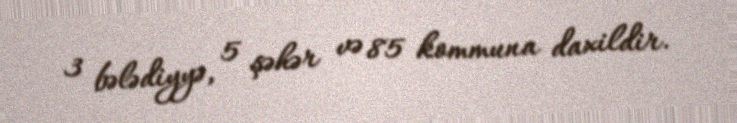
3 bələdiyyə, 5 şəhər və 85 kommuna daxildir.